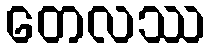
တေလဿ